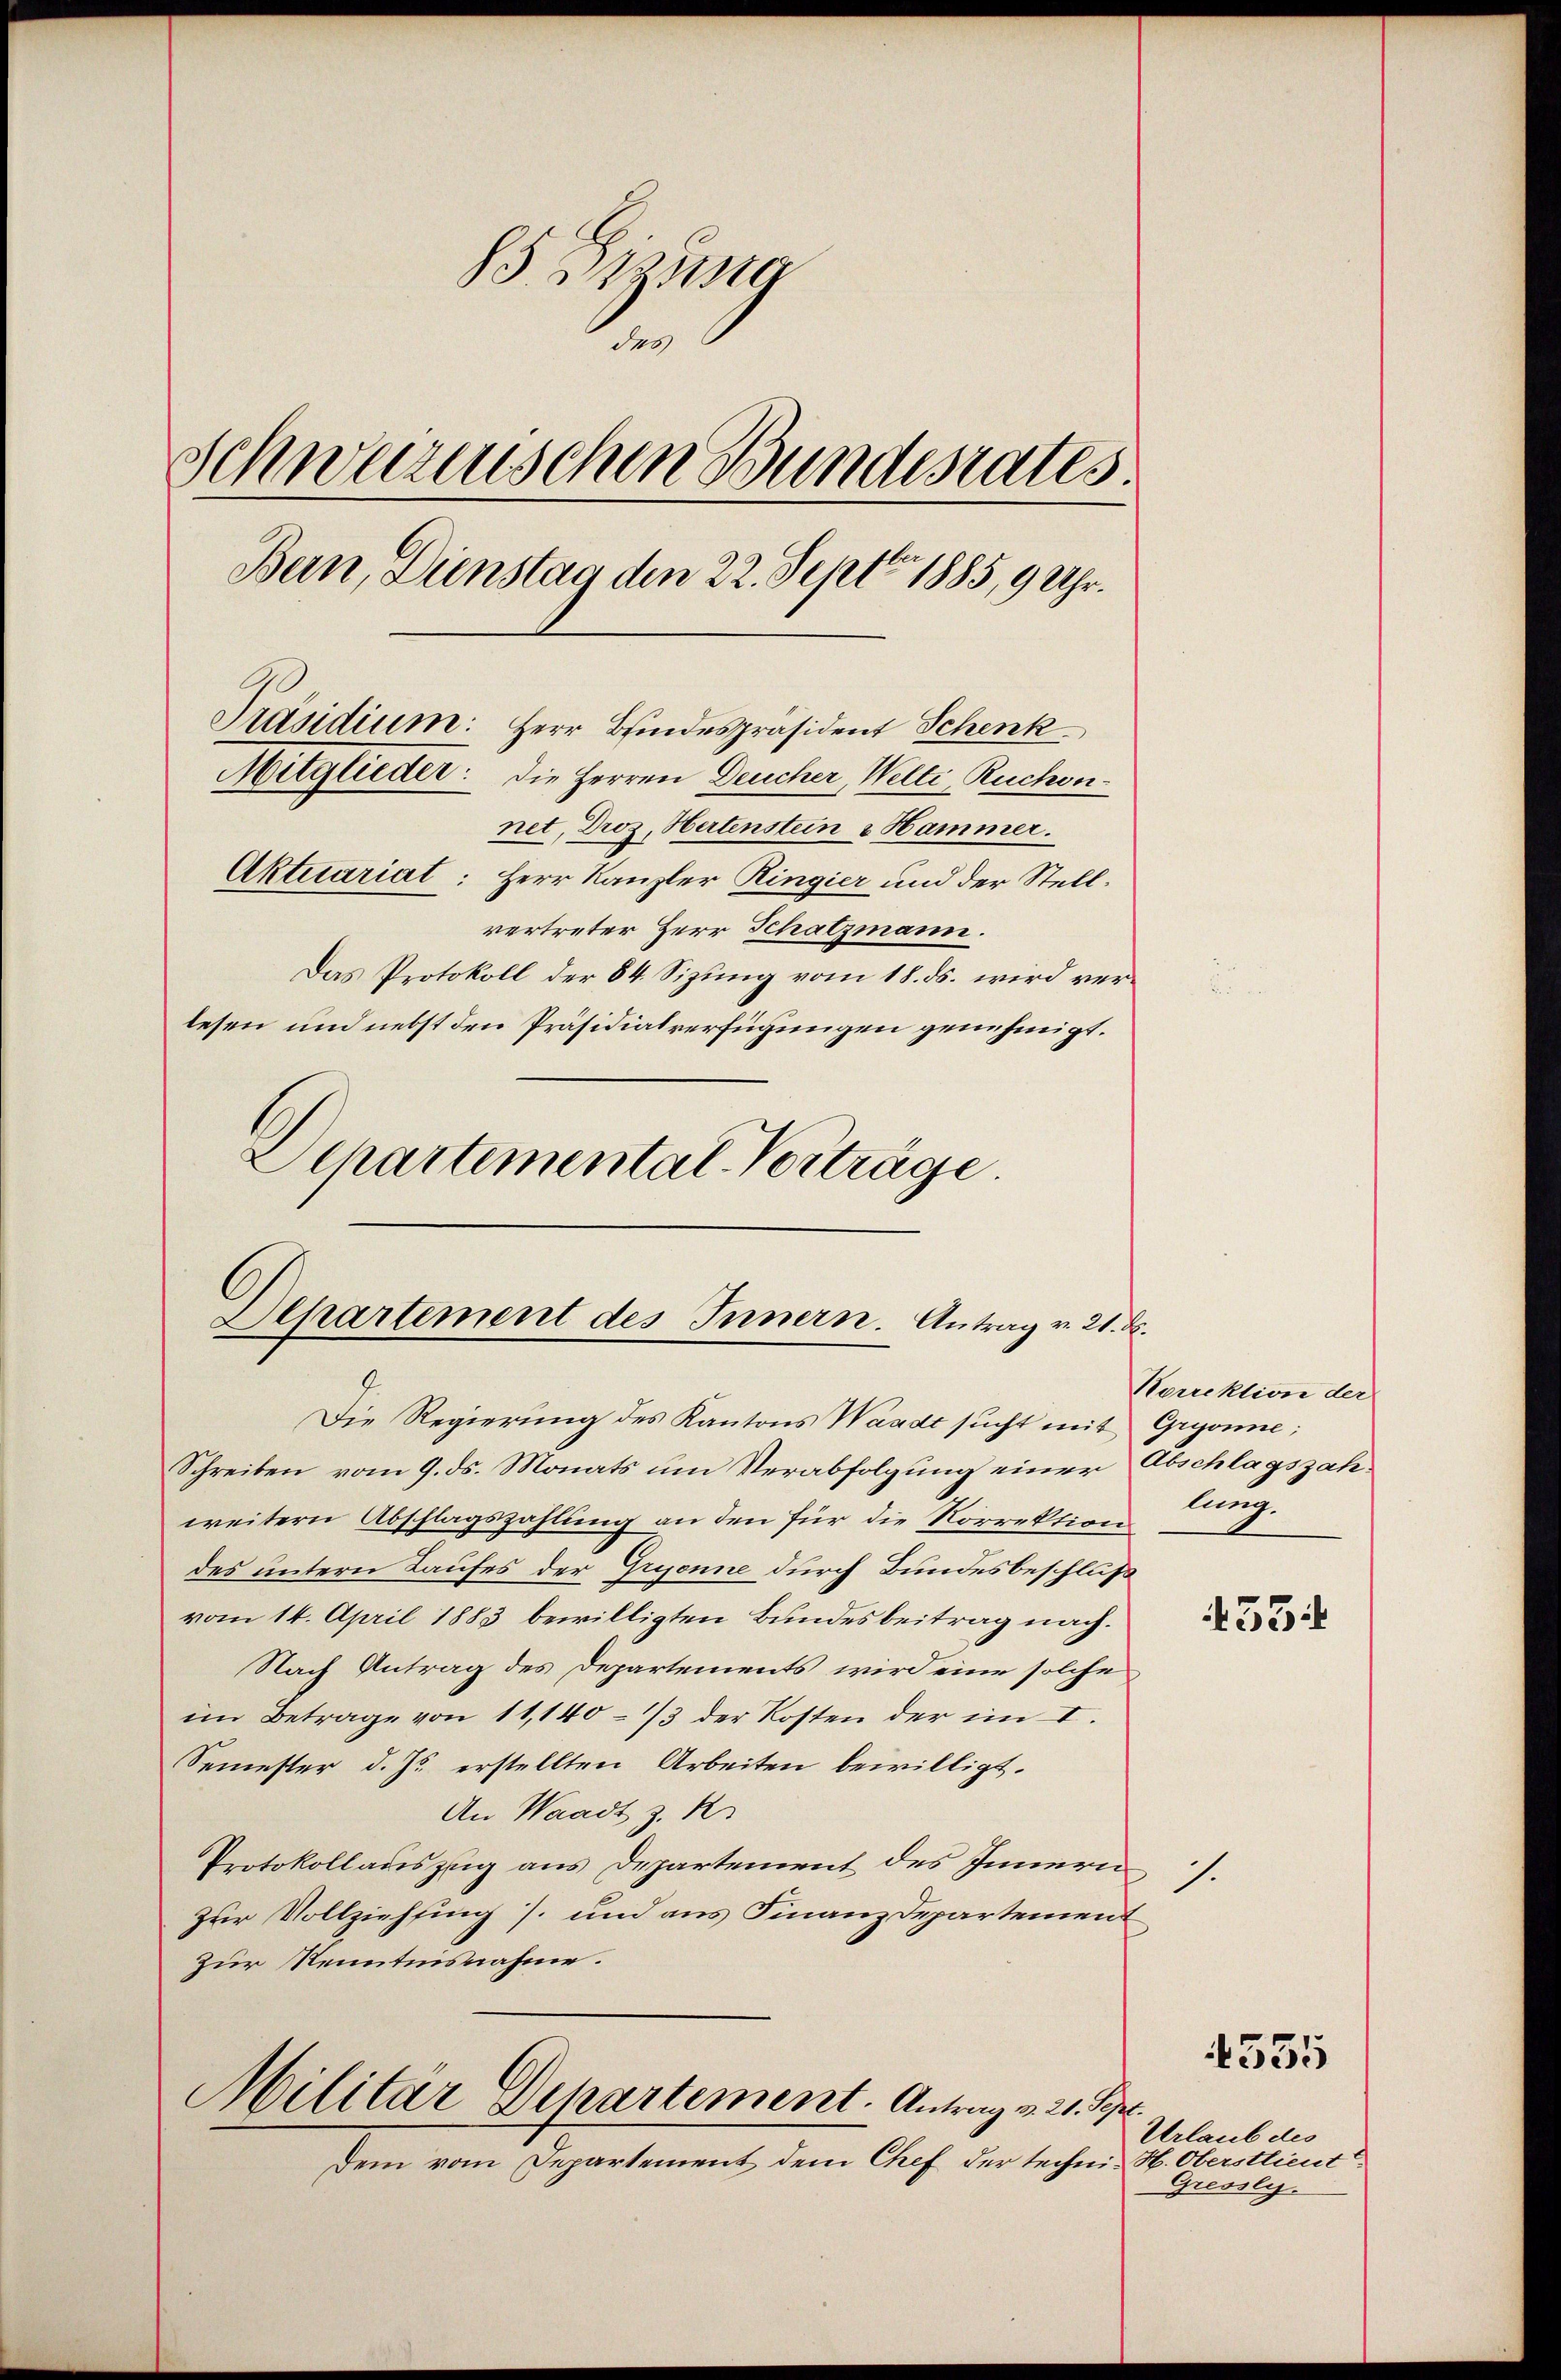
85 Bisena
.
Schweizerischen Bundesrates
Bern, Dienstag den 22. Sept 1885, 9 Uhr.
Präsidium: Herr Bindespräsident Schenk
Mitglieder: Die Herren Deucher, Welti, Ruchennet, Droz, Hertenstein & Hammer.
Aktuariat: Herr Kanzler Ringier und der Stellvertreter Herr Schatzmann.
Das Protokoll der 84. Sizung vom 18. ds. wird verlesen und nebst den Präsidialverfügungen genehmigt.

Schartemental-Vorträge.

Departement des Innern. Antrag v. 21.

Militär Departement. Antrag v. 21. Sep

Dem vom Departement dem Chef der techni- H. Oberstlieut

Die Regierung des Kantons Waadt sucht mit Gryonne;
Schreiben vom 9. ds. Monats um Verabfolgung einer Abschlagszahweitern Abschlagszahlung an den für die Korrektion
des untern Laufes der Gruenne durch Bundesbeschluß
vom 14. April 1883 bewilligten Bundesbeitrag nach.
Nach Antrag des Departements wird eine solche
im Betrage von 11,140 - 73 der Kosten der im I.
Semester d. Js. erstellten Arbeiten bewilligt.
An Waadt z. R.
Protokollauszug aus Departement des Innern
Zur Vollziehfing] und aus Finanzdepartement
zur Kenntnisnahme.

Korrektion der
lung.

7.

4554

535

Urlaub des
Gressly.